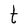
Character: t